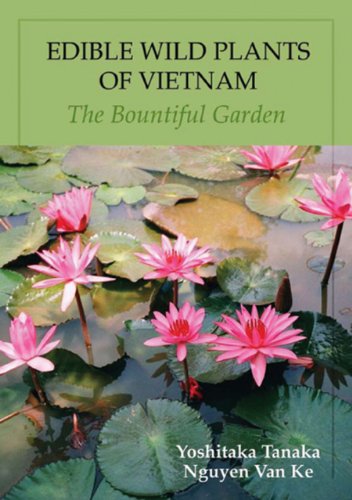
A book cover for Edible Wild Plants of Vietnam: The Bountiful Garden; Yoshitaka Tanaka; Cookbooks, Food & Wine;